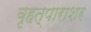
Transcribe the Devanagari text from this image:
वृहत्पाराशर